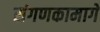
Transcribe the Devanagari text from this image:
संगणकामागे